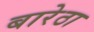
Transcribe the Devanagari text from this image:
बारेठा